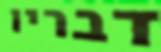
דבריו